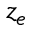
z _ { e }